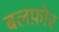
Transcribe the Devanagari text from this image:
बलफ़ोर